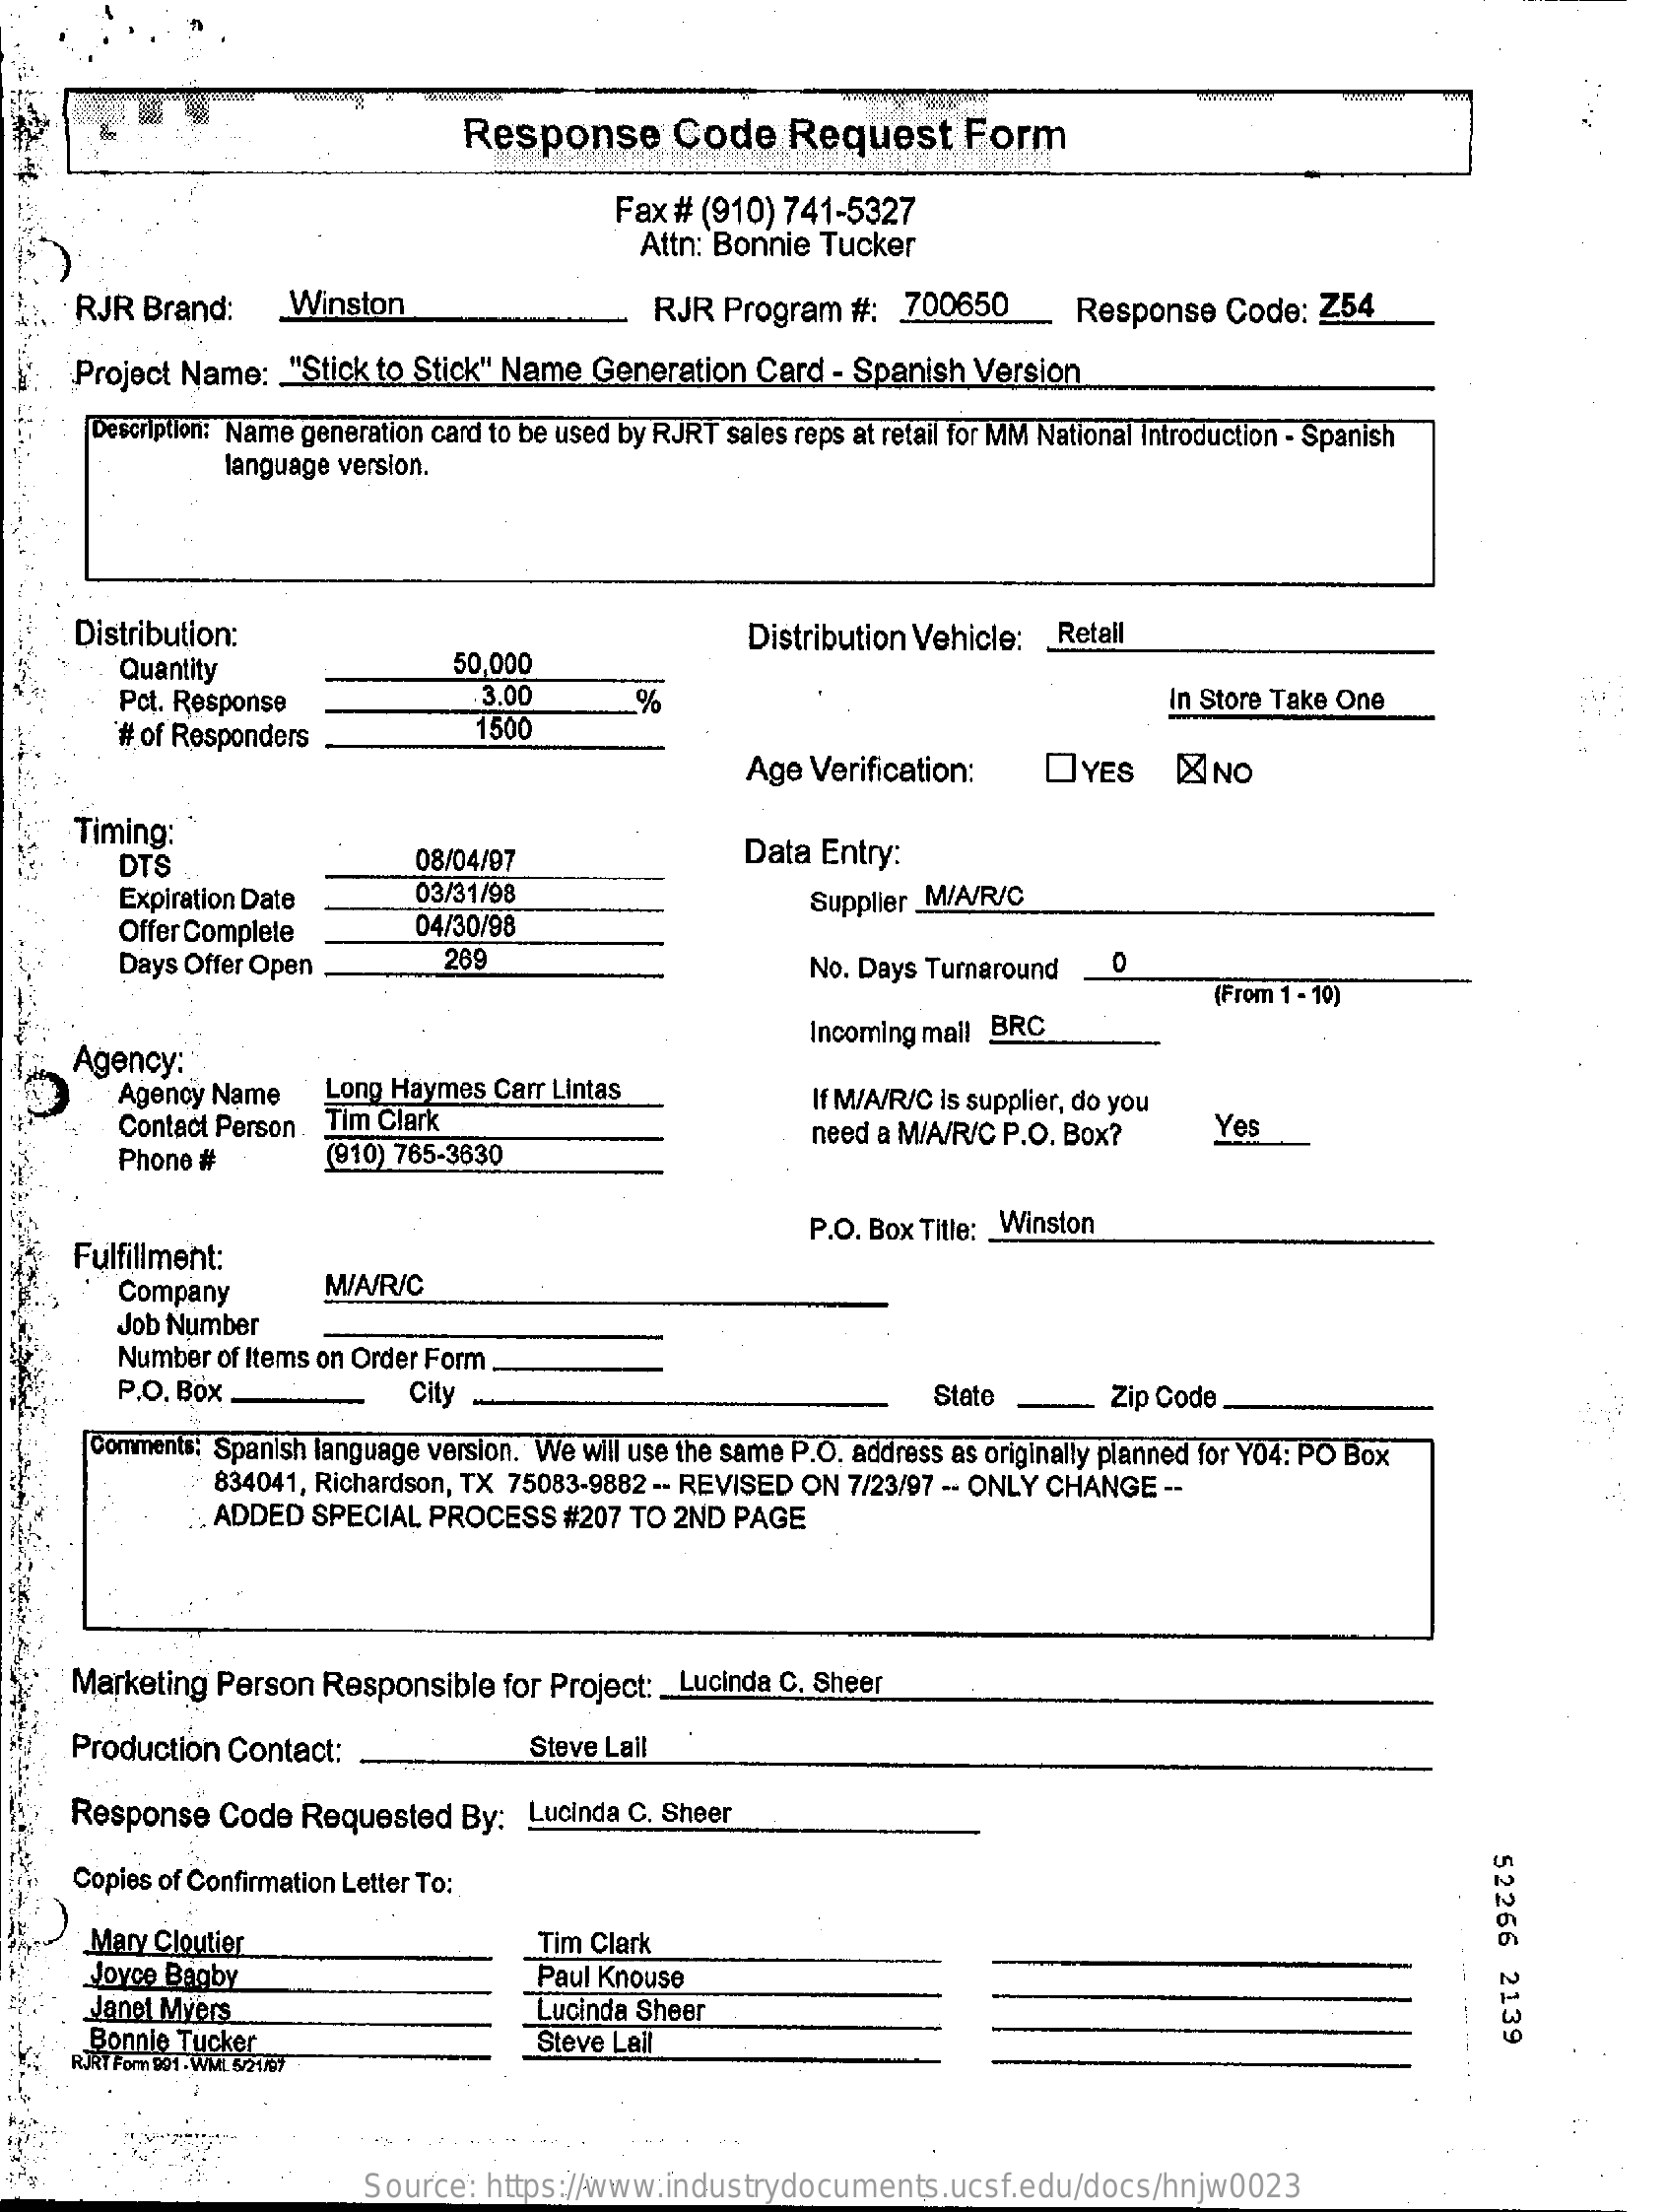
Response    Code    Request    Form
     Fax # (910) 741-5327
     Attn: Bonnie Tucker
     RJR Brand:    Winston    RJR  Program  #:  700650    Response   Code:  Z54
     Project Name:  "Stick to Stick" Name Generation Card  - Spanish Version
     Description: Name generation card to be used by RJRT sales reps at retail for MM National introduction - Spanish
     language version.
     Distribution:    Distribution Vehicle: _ Retail
     Quantity    50,000
     Pct. Response    3.00    %    In Store Take One
     # of Responders    1500
     Age Verification:    DYES    K NO
     Timing:
     DTS    08/04/97    Data Entry:
     Expiration Date    03/31/98
     Offer Complete    04/30/98
     Supplier _M/A/R/C
     Days Offer Open    269    No. Days Turnaround   0
     (From 1 - 10)
     Agency:
     Incoming mail BRC
     Agency Name   Long Haymes  Carr Lintas
     Tim Clark
     If M/A/R/C is supplier, do you
     Contact Person .
     (910) 765-3630
     need a M/A/R/C P.O. Box?    Yes
     Phone #
     Fulfillment:
     P.O. Box Title: _ Winston
     Company    M/A/R/C
     Job Number
     Number of Items on Order Form
     P.O. Box -    City    State    Zip Code
     Comments: Spanish language version. We will use the same P.O. address as originally planned for Y04: PO Box
     834041, Richardson, TX 75083-9882 -- REVISED ON 7/23/97 -- ONLY CHANGE --
     ADDED SPECIAL  PROCESS  #207  TO 2ND PAGE
     Marketing Person  Responsible  for Project: _ Lucinda C. Sheer
     Production Contact:    Steve Lail
     Response  Code   Requested  By:  Lucinda C. Sheer
     52266
     2139
     Copies of Confirmation Letter To:
     Mary Cloutier    Tim Clark
     Joyce Bagby    Paul Knouse
     Janet Myers    Lucinda Sheer
     Bonnie Tucker
     RJRT For DOT - WML 6/21/07
     Steve Lail
     Source:  https://www.industrydocuments.ucsf.edu/docs/hnjw0023